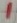
Text: 1